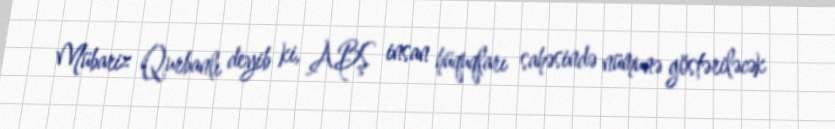
Mübariz Qurbanlı deyib ki, ABŞ insan hüquqları sahəsində nümunə göstəriləcək